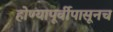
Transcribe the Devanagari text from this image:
होण्यापूर्वीपासूनच